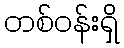
တစ်ဝန်းရှိ